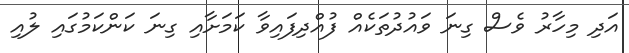
އަދި މިހާރު ވެސް ގިނަ ވައުދުތަކެއް ފުއްދިފައިވާ ކަމަށާއި ގިނަ ކަންކަމުގައި ލުއި